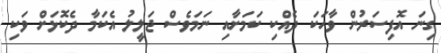
ގިނަ އޮފިސަރުން ވާހަކަ ދެއްކި ކަމަށާއި ނަމަވެސް ޖަލީލު އެކަމާ ދެކޮޅަށް ވަކި